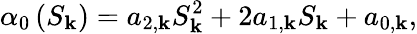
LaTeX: \displaystyle\alpha_{0}\left(S_{\mathbf{k}}\right)=a_{2,\mathbf{k}}S_{\mathbf{k}}^{2}+2a_{1,\mathbf{k}}S_{\mathbf{k}}+a_{0,\mathbf{k}},